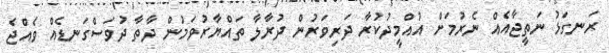
ރަނގަޅު ނަތީޖާއެއް ނެރުމަށް އުއްމީދުކުރާ ދަރިވަރުން ދުރާލާ ތައްޔާރުވަމުން ދާތާ ދުވަސްގަނޑެއް ވެއްޖެ